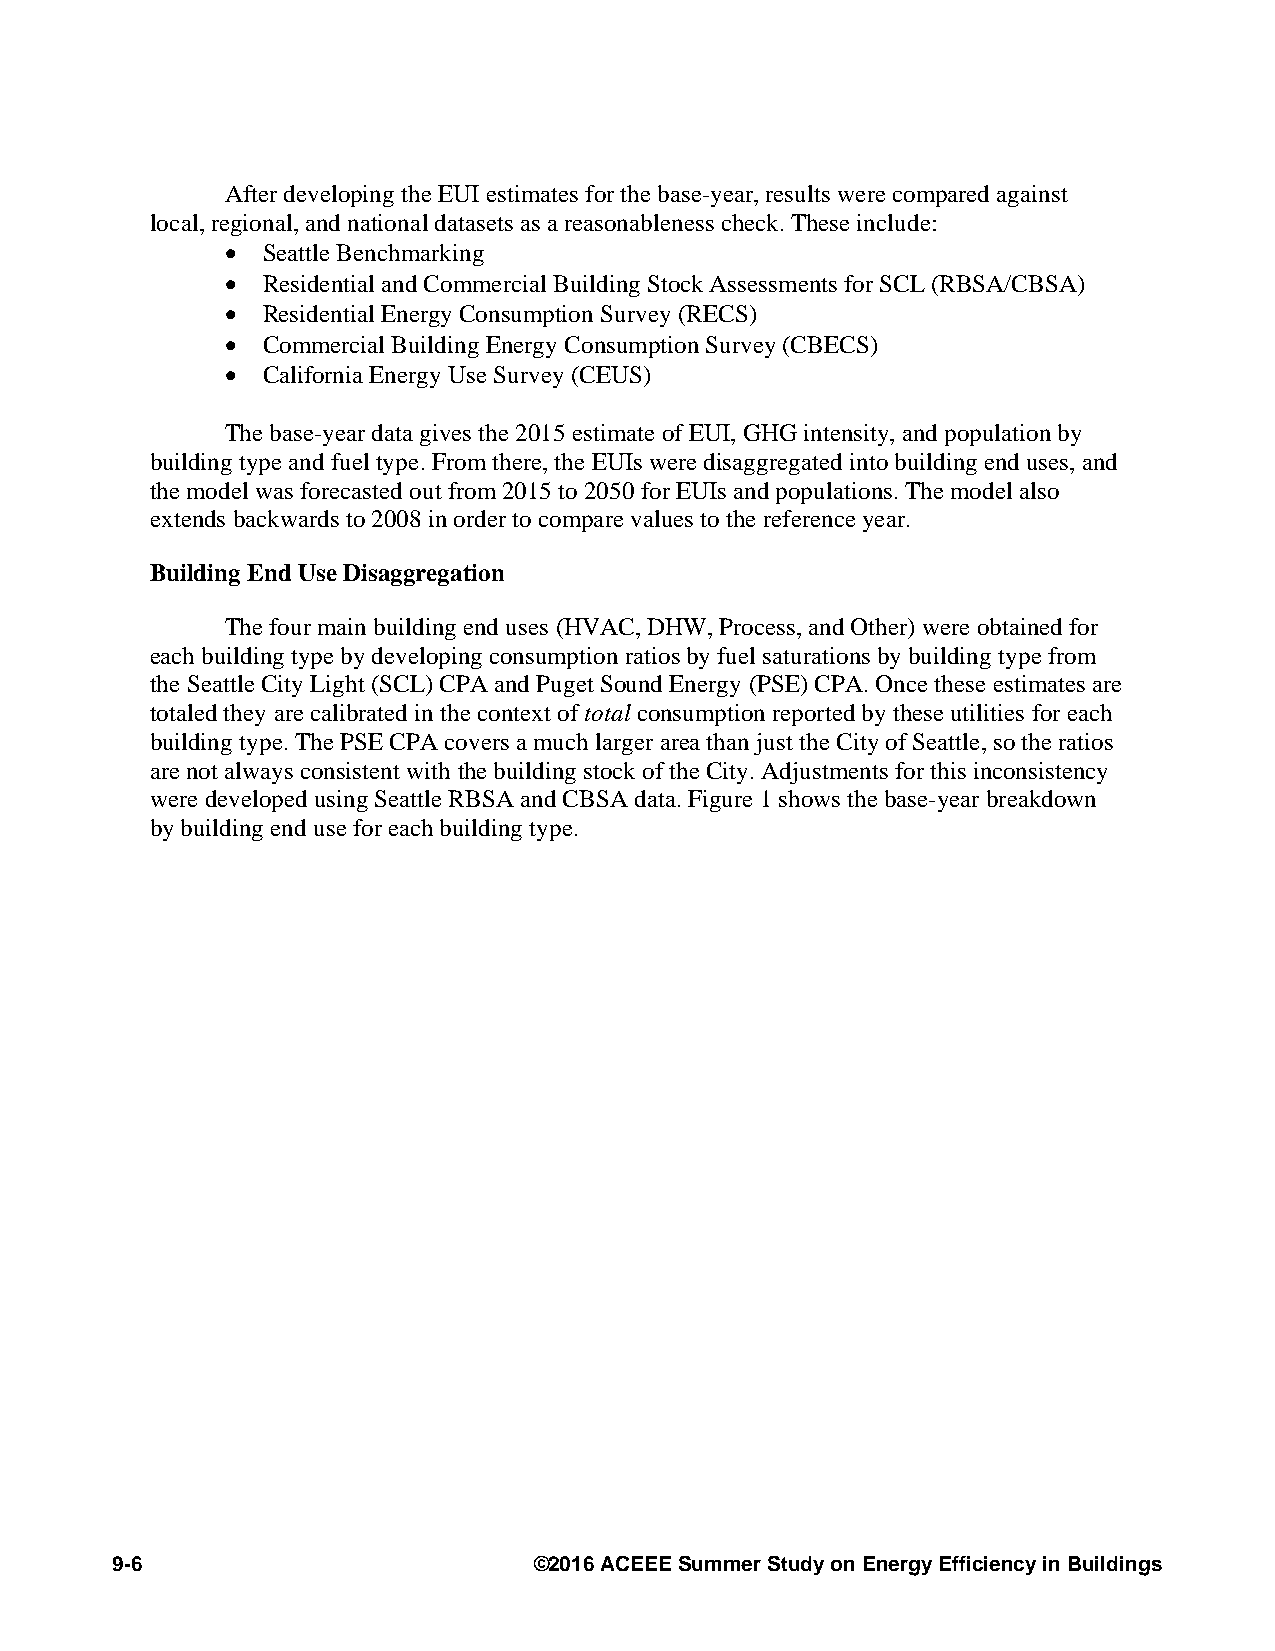
After developing the EUI estimates for the base-year, results were compared against
 local, regional, and national datasets as a reasonableness check. These include:
 • Seattle Benchmarking
 • Residential and Commercial Building Stock Assessments for SCL (RBSA/CBSA)
 • Residential Energy Consumption Survey (RECS)
 • Commercial Building Energy Consumption Survey (CBECS)
 • California Energy Use Survey (CEUS)
 The base-year data gives the 2015 estimate of EUI, GHG intensity, and population by
 building type and fuel type. From there, the EUIs were disaggregated into building end uses, and
 the model was forecasted out from 2015 to 2050 for EUIs and populations. The model also
 extends backwards to 2008 in order to compare values to the reference year.
 Building End Use Disaggregation
 The four main building end uses (HVAC, DHW, Process, and Other) were obtained for
 each building type by developing consumption ratios by fuel saturations by building type from
 the Seattle City Light (SCL) CPA and Puget Sound Energy (PSE) CPA. Once these estimates are
 totaled they are calibrated in the context of total consumption reported by these utilities for each
 building type. The PSE CPA covers a much larger area than just the City of Seattle, so the ratios
 are not always consistent with the building stock of the City. Adjustments for this inconsistency
 were developed using Seattle RBSA and CBSA data. Figure 1 shows the base-year breakdown
 by building end use for each building type.
 9-6                         ©2016 ACEEE Summer Study on Energy Efficiency in Buildings